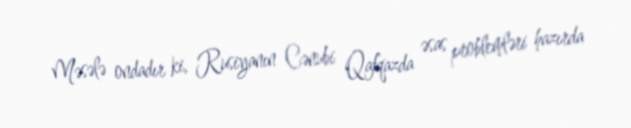
Məsələ ondadır ki, Rusiyanın Cənubi Qafqazda əsas problemləri hazırda